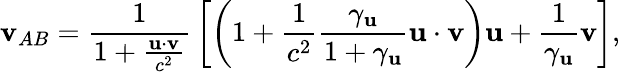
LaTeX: \mathbf{v}_{AB}={\frac{1}{1+{\frac{\mathbf{u}\cdot\mathbf{v}}{c^{2}}}}}\left[\left(1+{\frac{1}{c^{2}}}{\frac{\gamma_{\mathbf{u}}}{1+\gamma_{\mathbf{u}}}}\mathbf{u}\cdot\mathbf{v}\right)\mathbf{u}+{\frac{1}{\gamma_{\mathbf{u}}}}\mathbf{v}\right],